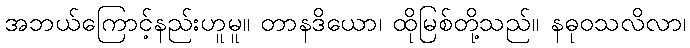
အဘယ်ကြောင့်နည်းဟူမူ။ တာနဒိယော၊ ထိုမြစ်တို့သည်။ နဓုဝသလိလာ၊